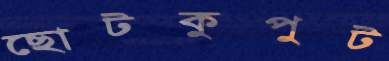
ছোটকুপুট